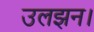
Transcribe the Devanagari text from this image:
उलझन।